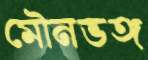
মৌনভঙ্গ